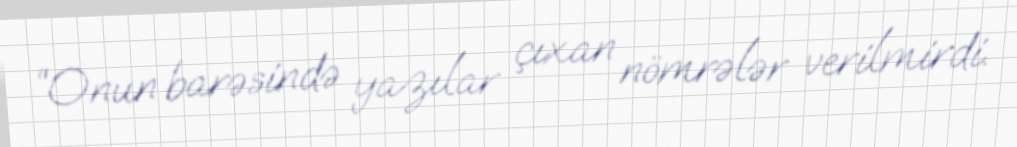
“Onun barəsində yazılar çıxan nömrələr verilmirdi.